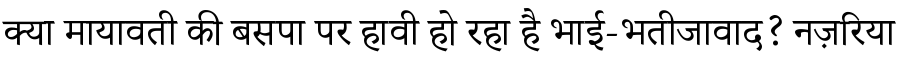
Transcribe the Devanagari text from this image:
क्या मायावती की बसपा पर हावी हो रहा है भाई-भतीजावाद? नज़रिया